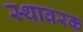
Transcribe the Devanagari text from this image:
स्थावरक